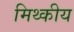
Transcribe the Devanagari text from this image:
मिथ्कीय